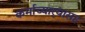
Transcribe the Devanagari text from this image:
कर्माच्यार्‍यासह